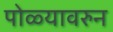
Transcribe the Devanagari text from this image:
पोळ्यावरुन